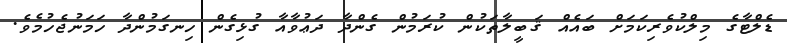
ޑެލްޓާގެ މިލްކުވެރިކަމަށް ބައެއް ޤަބީލާތަކުން ކުރަމުން ގެންދާ ދަޢުވާއާ ގުޅިގެން ހިނގަމުންދާ ހަމަނުޖެހުމެވެ.